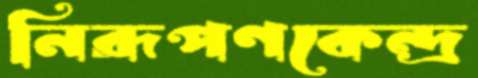
নিরূপণকেন্দ্র